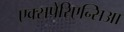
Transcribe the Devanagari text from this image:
एक्सपेरिएन्सिआ